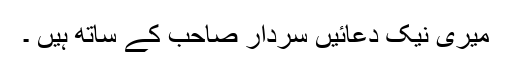
میری نیک دعائیں سردار صاحب کے ساتھ ہیں ۔